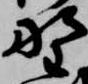
野